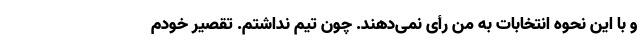
و با این نحوه انتخابات به من رأی نمی‌دهند. چون تیم نداشتم. تقصیر خودم